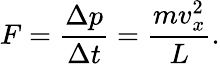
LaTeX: F={\frac{\Delta p}{\Delta t}}={\frac{mv_{x}^{2}}{L}}.